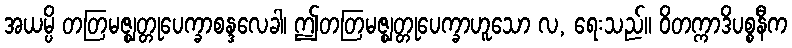
အယမ္ပိ တတြမဇ္ဈတ္တုပေက္ခာစန္ဒလေခါ၊ ဤတတြမဇ္ဈတ္တုပေက္ခာဟူသော လ, ရေးသည်။ ဝိတက္ကာဒိပစ္စနီက